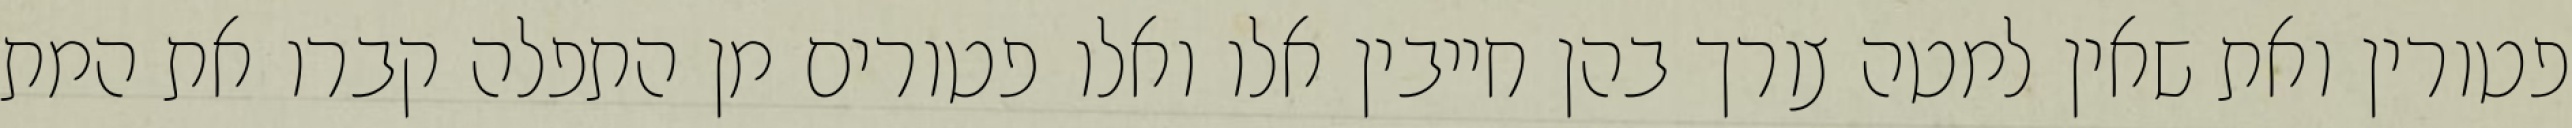
פטורין ואת שאין למטה צורך בהן חייבין אלו ואלו פטורים מן התפלה קברו את המת